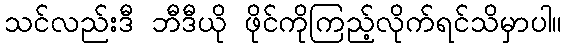
သင်လည်းဒီ ဘီဒီယို ဖိုင်ကိုကြည့်လိုက်ရင်သိမှာပါ။